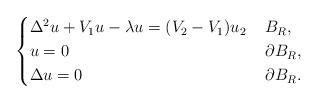
LaTeX: \begin{align*}\begin{cases}\Delta^2 u + V_1 u - \lambda u = (V_2 - V_1)u_2 &\, B_R,\\u = 0 &\, \partial B_R,\\\Delta u = 0 &\, \partial B_R.\end{cases}\end{align*}